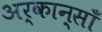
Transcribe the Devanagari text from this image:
अर्कान्साँ